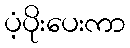
ပံ့ပိုးပေးကာ